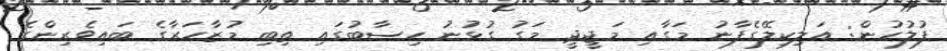
ފުލުހުން: އަލިކިލޭގެފާނު މަގާއި މަޖީދީ މަގު ގުޅުނު ހިސާބުގައި ތިބި މުޒާހަރާގެ ބައިވެރިންގެ